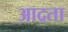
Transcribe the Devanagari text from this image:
आद्रता